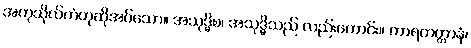
အကုသိုလ်ကံဟုဆိုအပ်သော။ အသုဒ္ဓိစ၊ အသုဒ္ဓိသည် လည်းကောင်း။ ကာရကတ္တာနံ၊